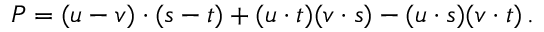
P = ( u - v ) \cdot ( s - t ) + ( u \cdot t ) ( v \cdot s ) - ( u \cdot s ) ( v \cdot t ) \, .